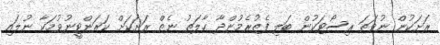
ރަށަކުން ނުވަތަ ރިސޯޓަކުން ބަލި ފެތުރެމުންދާ ޙާލަތު ނެތް ރަށަކަށް ކަރަންޓީނުވުމަކާ ނުލައި